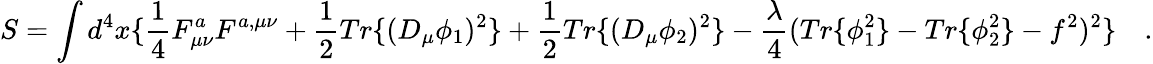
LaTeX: S=\int d^{4}x\{ \frac{1}{4}F_{\mu\nu}^{a}F^{a,\mu\nu}+\frac{1}{2}Tr\{ (D_{\mu}\phi_{1})^{2}\} +\frac{1}{2}Tr\{ (D_{\mu}\phi_{2})^{2}\} -\frac{\lambda}{4}(Tr\{ \phi_{1}^{2}\} -Tr\{ \phi_{2}^{2}\} -f^{2})^{2}\} \quad.